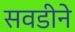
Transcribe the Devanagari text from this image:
सवडीने